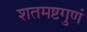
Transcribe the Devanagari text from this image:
शतमष्टगुणं